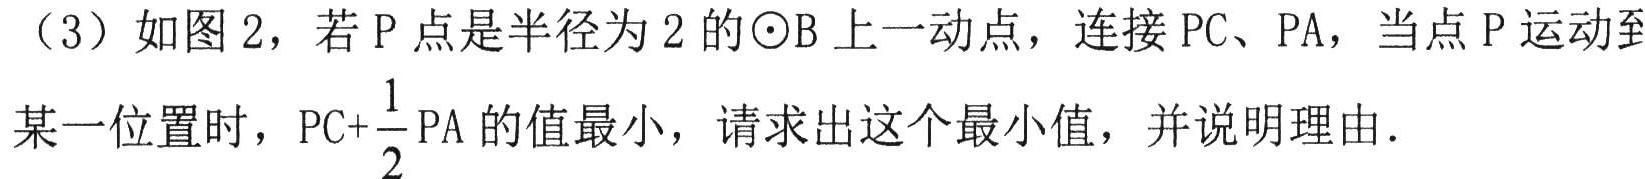
（3）如图 2，若 P 点是半径为 2 的\(\odot B\)上一动点，连接 PC、PA，当点 P 运动到某一位置时，\(PC + \frac{1}{2}PA\)的值最小，请求出这个最小值，并说明理由．